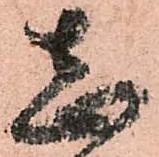
志